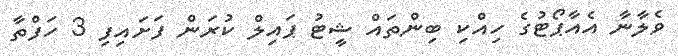
ވެލާނާ އެއާޕޯޓުގެ ހިއްކި ބިންތައް ޝީޓު ޕައިލް ކުރަން ފަށައިފި 3 ހަފްތާ